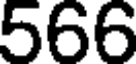
566